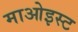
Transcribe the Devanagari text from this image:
माओइस्ट